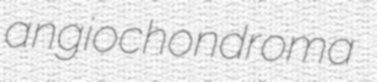
angiochondroma